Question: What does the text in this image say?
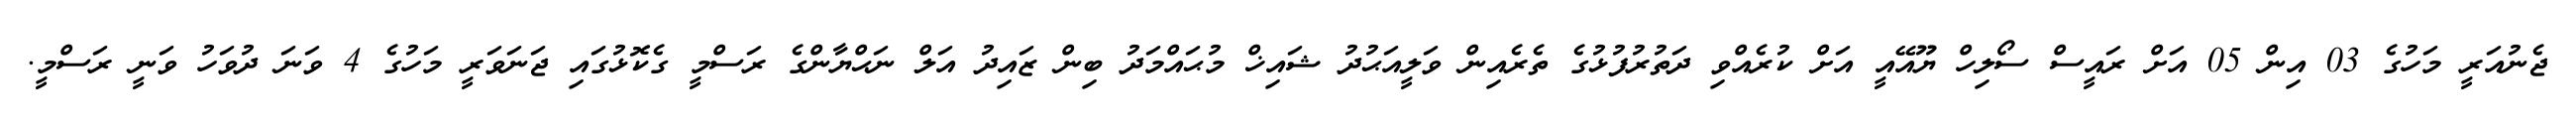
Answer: ޖެނުއަރީ މަހުގެ 03 އިން 05 އަށް ރައީސް ސޯލިހް ޔޫއޭއީ އަށް ކުރެއްވި ދަތުރުފުޅުގެ ތެރެއިން ވަލީއަޙުދު ޝައިޚް މުޙައްމަދު ބިން ޒައިދު އަލް ނަޙްޔާންގެ ރަސްމީ ގެކޮޅުގައި ޖަނަވަރީ މަހުގެ 4 ވަނަ ދުވަހު ވަނީ ރަސްމީ.